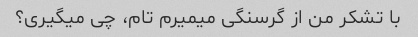
با تشکر من از گرسنگی میمیرم تام، چی میگیری؟